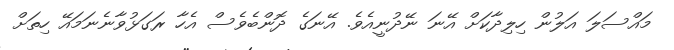
މައްސަލަ އަލުން ހިލިދާކަށް އޭނަ ނޭދުނީއެވެ. އޭނަގެ ދޮންބެވެސް އެހާ ރަގަޅުވާނެނަމައޭ ހިތަށް